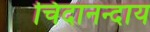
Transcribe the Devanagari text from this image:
चिदानन्दाय